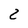
Character: 2